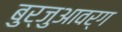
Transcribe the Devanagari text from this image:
बुर्जुआवर्ग